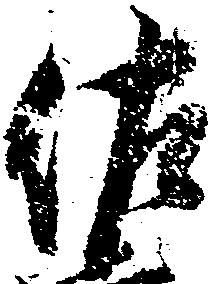
佐